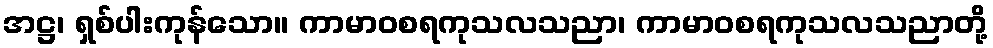
အဋ္ဌ၊ ရှစ်ပါးကုန်သော။ ကာမာဝစရကုသလသညာ၊ ကာမာဝစရကုသလသညာတို့